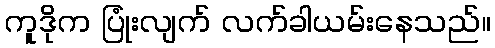
ကူဒိုက ပြုံးလျက် လက်ခါယမ်းနေသည်။